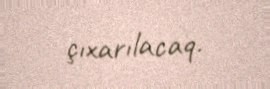
çıxarılacaq.